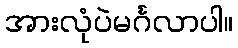
အားလုံပဲမင်္ဂလာပါ။